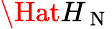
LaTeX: \Hat{H}_{\mathrm{~N~}}